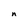
Character: n